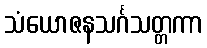
သံယောဇနသင်္ဂသတ္တကာ